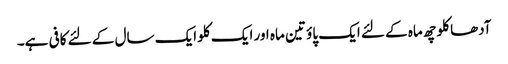
آدھا کلو چھ ماہ کے لئے ایک پاؤ تین ماہ اور ایک کلو ایک سال کے لئے کافی ہے۔